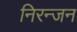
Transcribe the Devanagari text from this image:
निरन्जन